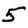
Digit: 5